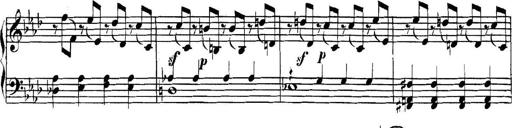
Title: Collected Piano Sonatas
Composer: Muzio Clementi